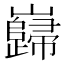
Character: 巋